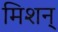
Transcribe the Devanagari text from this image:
मिशन्‌